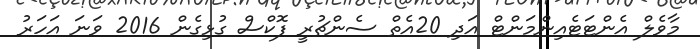
މާވެލް އެންޓަޓެއިންމަންޓް އަދި 20އެތް ސެންޗުރީ ފޮކްސް ގުޅިގެން 2016 ވަނަ އަހަރު